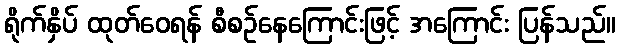
ရိုက်နှိပ် ထုတ်ဝေရန် စီစဉ်နေကြောင်းဖြင့် အကြောင်း ပြန်သည်။